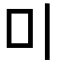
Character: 𠮝